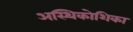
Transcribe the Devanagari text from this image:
अस्थिकोशिका